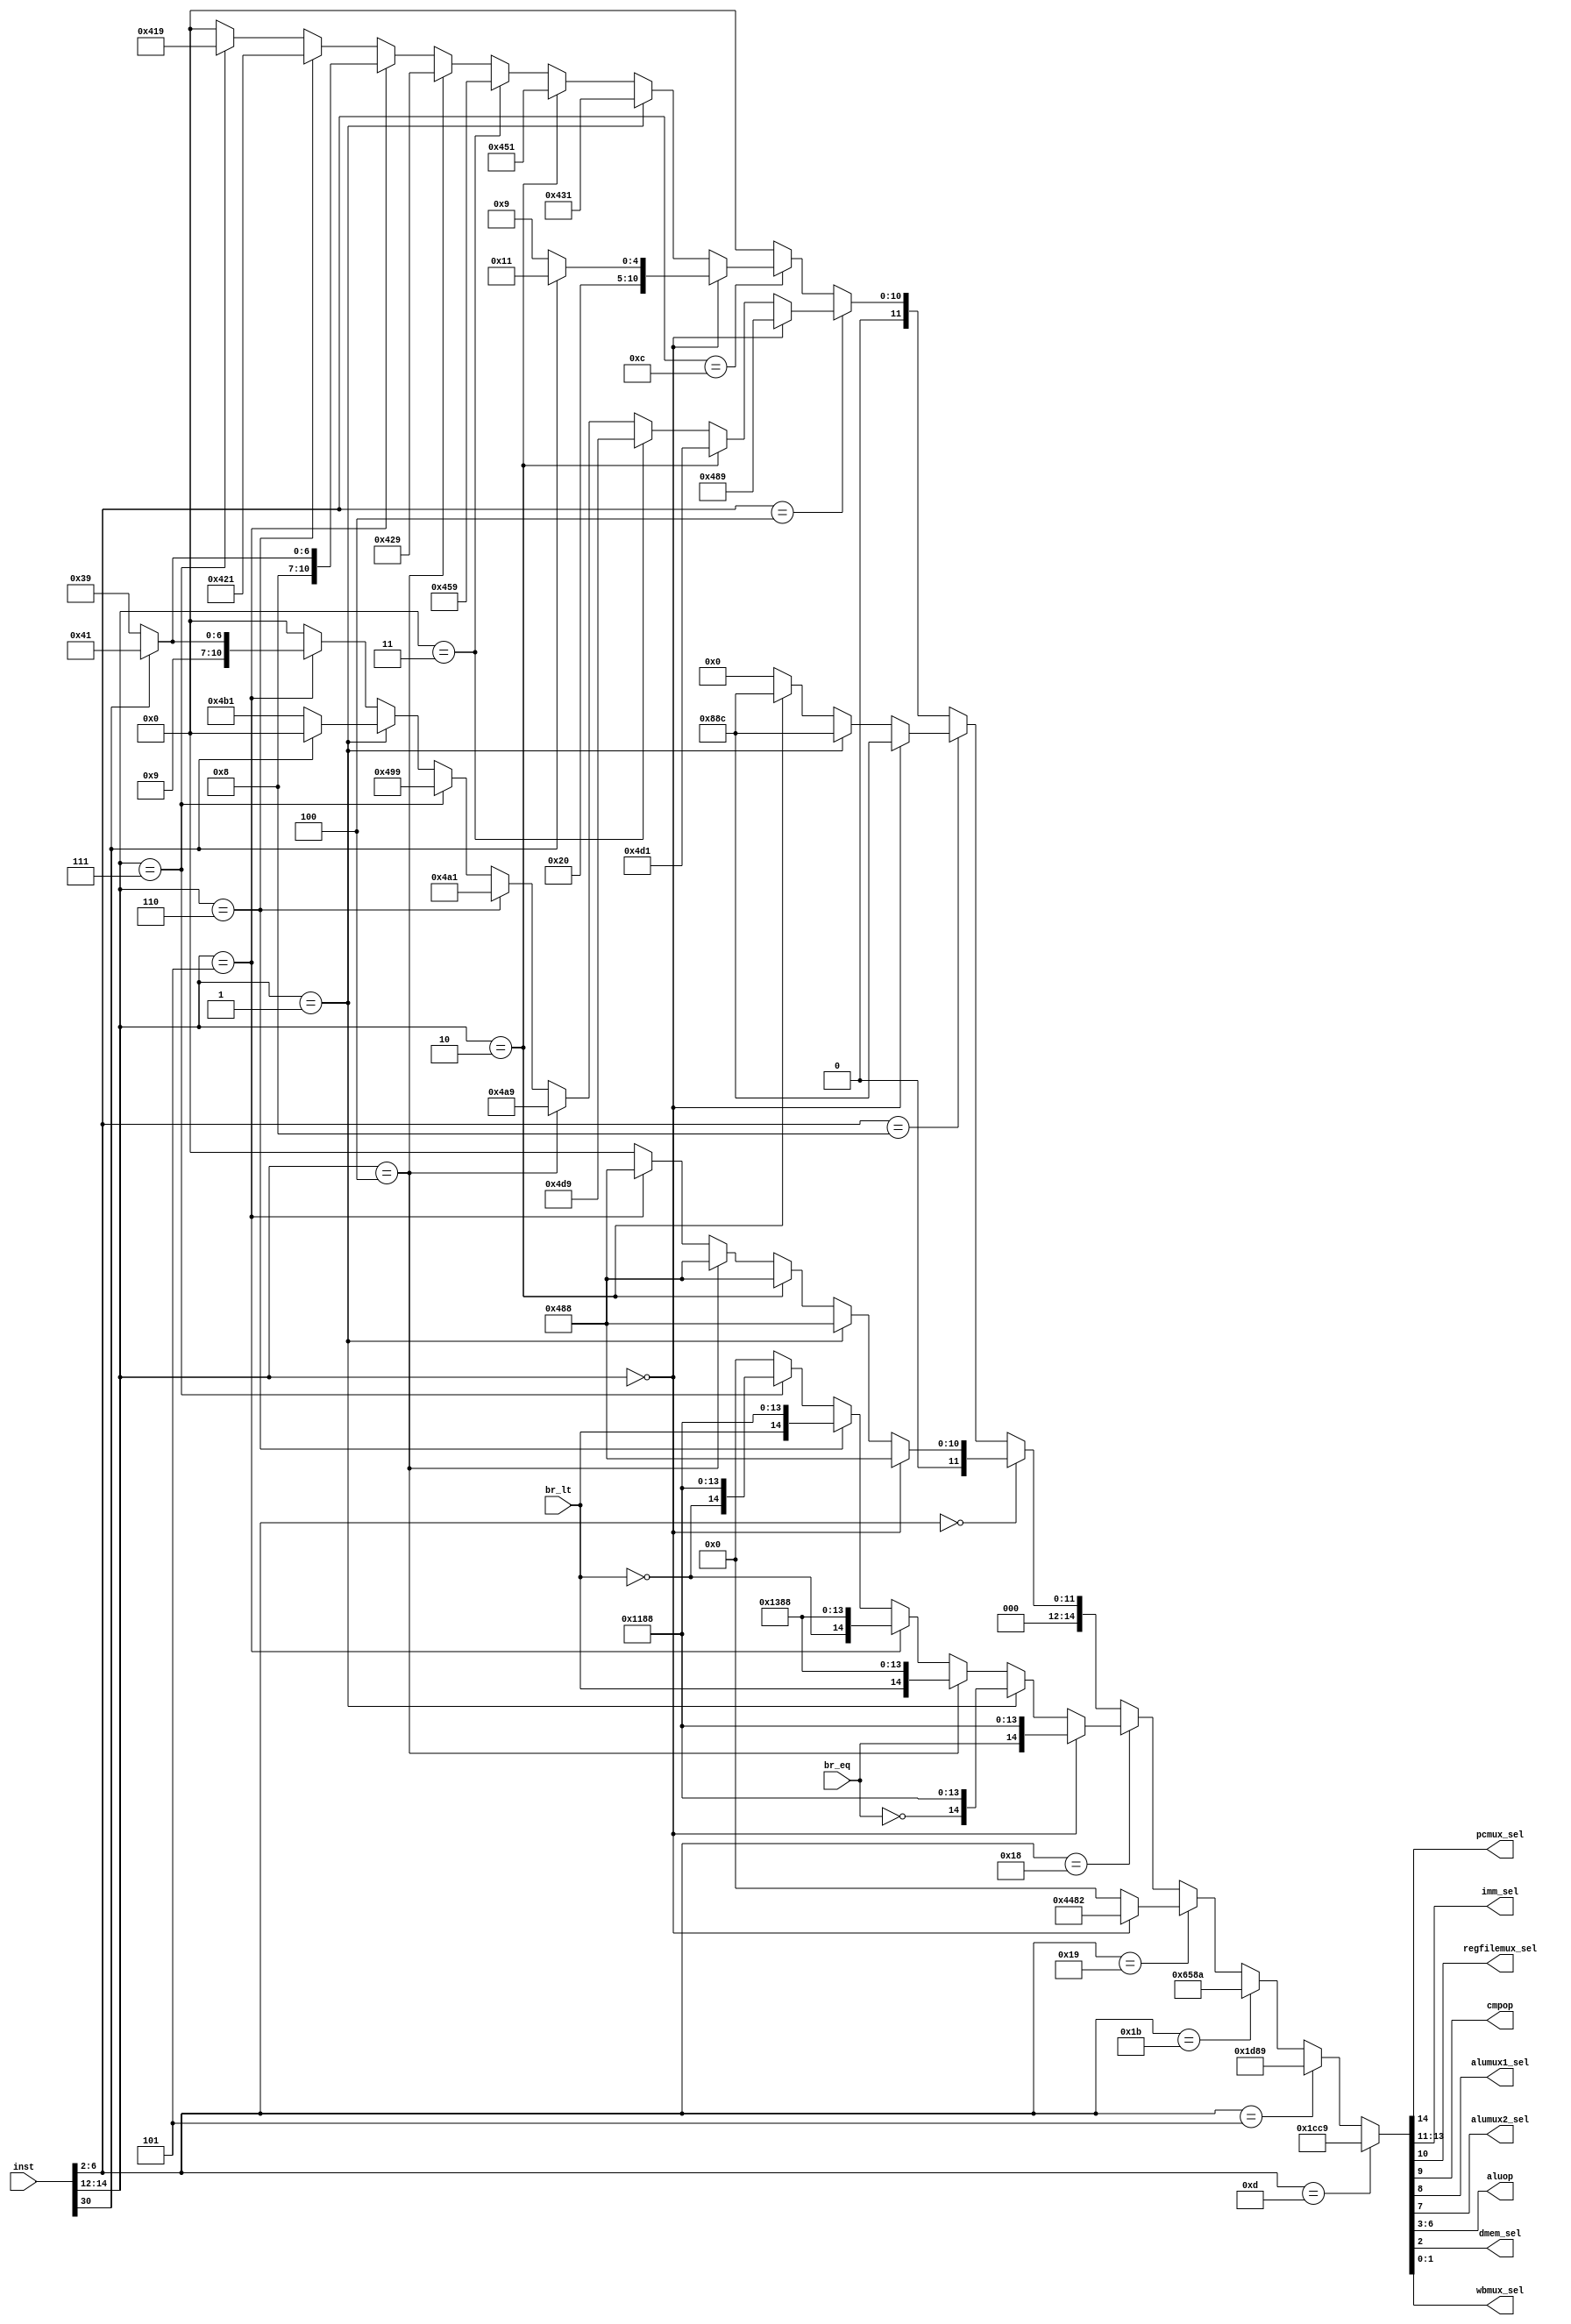
module  controll_unit (inst, br_eq, br_lt, pcmux_sel, imm_sel, regfilemux_sel, cmpop, alumux1_sel, alumux2_sel, aluop, dmem_sel, wbmux_sel);
input [31:0] inst;
input br_eq, br_lt;
output pcmux_sel, regfilemux_sel, cmpop, alumux1_sel, alumux2_sel, dmem_sel;
output [2:0] imm_sel;
output [3:0] aluop;
output [1:0] wbmux_sel;

wire [14:0] controll_word;
wire funct7 = inst[30];
wire [2:0] funct3 = inst[14:12];
wire [4:0] opcode = inst[6:2];

assign
    pcmux_sel = controll_word[14],
    imm_sel = controll_word[13:11],
    regfilemux_sel = controll_word[10],
    cmpop = controll_word[9],
    alumux1_sel = controll_word[8],
    alumux2_sel = controll_word[7],
    aluop = controll_word[6:3],
    dmem_sel = controll_word[2],
    wbmux_sel = controll_word[1:0];
    
assign controll_word =
    (opcode == 5'b01101)? 15'b001110011001001 : // LUI
    (opcode == 5'b00101) ? 15'b001110110001001 : // AUIPC
    (opcode == 5'b11011) ? 15'b110010110001010 : // JAL
    (opcode == 5'b11001) ? (
        (funct3 == 3'b000) ? 15'b100010010000010 : 0) : // JALR
    (opcode == 5'b11000) ? (
        (funct3 == 3'b000) ? {br_eq, 14'b01000110001000} : // BEQ
        (funct3 == 3'b001) ? {~br_eq, 14'b01000110001000} : // BNE
        (funct3 == 3'b100) ? {br_lt, 14'b01001110001000} : // BLT
        (funct3 == 3'b101) ? {~br_lt, 14'b01001110001000} : // BGE
        (funct3 == 3'b110) ? {br_lt, 14'b01000110001000} : // BLTU
        (funct3 == 3'b111) ? {~br_lt, 14'b01000110001000} : 0) : // BGEU
    (opcode == 5'b00000) ? (
        (funct3 == 3'b000) ? 15'b000010010001000 : // LB: N/A, implemented as LW
        (funct3 == 3'b001) ? 15'b000010010001000 : // LH: N/A, implemented as LW
        (funct3 == 3'b010) ? 15'b000010010001000 : // LW
        (funct3 == 3'b100) ? 15'b000010010001000 : // LBU: N/A, implemented as LW
        (funct3 == 3'b101) ? 15'b000010010001000 : 0) : // LHU: N/A, implemented as LW
    (opcode == 5'b01000) ? (
        (funct3 == 3'b000) ? 15'b000100010001100 : // SB: N/A, implemented as SW
        (funct3 == 3'b001) ? 15'b000100010001100 : // SH: N/A, implemented as SW
        (funct3 == 3'b010) ? 15'b000100010001100 : 0) : // SW
    (opcode == 5'b00100) ? (
        (funct3 == 3'b000) ? 15'b000010010001001 : // ADDI
        (funct3 == 3'b010) ? 15'b000010011010001 : // SLTI
        (funct3 == 3'b011) ? 15'b000010011011001 : // SLTIU
        (funct3 == 3'b100) ? 15'b000010010101001 : // XORI
        (funct3 == 3'b110) ? 15'b000010010100001 : // ORI
        (funct3 == 3'b111) ? 15'b000010010011001 : // ANDI
        (funct3 == 3'b001) ? (
            (funct7 == 0) ? 15'b000010010110001 : 0) : // SLLI
        (funct3 == 3'b101) ? (
            (funct7 == 0) ? 15'b000010010111001 : // SRLI
                         15'b000010011000001) : 0) : // SRAI
    (opcode == 5'b01100) ? (
        (funct3 == 3'b000) ? (
            (funct7 == 0) ? 15'b000010000001001 : // ADD
                         15'b000010000010001) : // SUB
        (funct3 == 3'b001) ? 15'b000010000110001 : // SLL
        (funct3 == 3'b010) ? 15'b000010001010001 : // SLT
        (funct3 == 3'b011) ? 15'b000010001011001 : // SLTU
        (funct3 == 3'b100) ? 15'b000010000101001 : // XOR
        (funct3 == 3'b101) ? (
            (funct7 == 0) ? 15'b000010000111001 : // SRL
                         15'b000010001000001) : // SRA
        (funct3 == 3'b110) ? 15'b000010000100001 : // OR
        (funct3 == 3'b111) ? 15'b000010000011001 : 0) : 0; // AND
endmodule